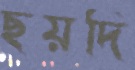
ছয়দি